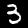
Digit: 3